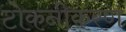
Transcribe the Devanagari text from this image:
टोकनीकरण